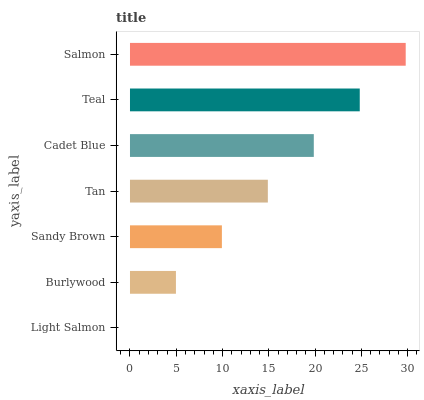
| yaxis_label | bars |
 | --- | --- |
 | Light Salmon | 0 |
 | Burlywood | 4.96 |
 | Sandy Brown | 9.93 |
 | Tan | 14.9 |
 | Cadet Blue | 19.9 |
 | Teal | 24.8 |
 | Salmon | 29.8 |